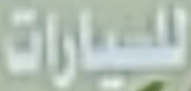
للسيارات